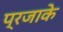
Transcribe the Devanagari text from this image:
प्रजाके